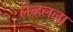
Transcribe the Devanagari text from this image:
लेव्हलला